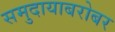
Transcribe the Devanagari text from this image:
समुदायाबरोबर